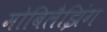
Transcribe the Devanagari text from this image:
मोबिलैझिंग